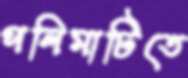
পলিমাটিতে